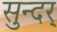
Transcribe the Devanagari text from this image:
सुन्दर्